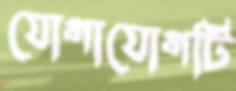
যোগাযোগটি